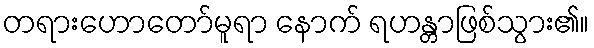
တရားဟောတော်မူရာ နောက် ရဟန္တာဖြစ်သွား၏။